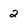
Character: 2